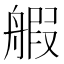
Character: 𫇝